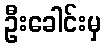
ဦးခေါင်းမှ